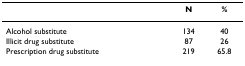
|  | N | % |
 | --- | --- | --- |
 | Alcohol substitute | 134 | 40 |
 | Illicit drug substitute | 87 | 26 |
 | Prescription drug substitute | 219 | 65.8 |